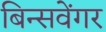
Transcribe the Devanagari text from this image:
बिन्सवेंगर